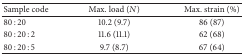
<table><thead><tr><td><b>Sample code</b></td><td><b>Max. load (<i>N</i>)</b></td><td><b>Max. strain (%)</b></td></tr></thead><tbody><tr><td>80 : 20</td><td>10.2 (9.7)</td><td>86 (87)</td></tr><tr><td>80 : 20 : 2</td><td>11.6 (11.1)</td><td>62 (68)</td></tr><tr><td>80 : 20 : 5</td><td>9.7 (8.7)</td><td>67 (64)</td></tr></tbody></table>